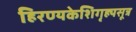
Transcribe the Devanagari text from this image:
हिरण्यकेशिगृह्यसूत्र